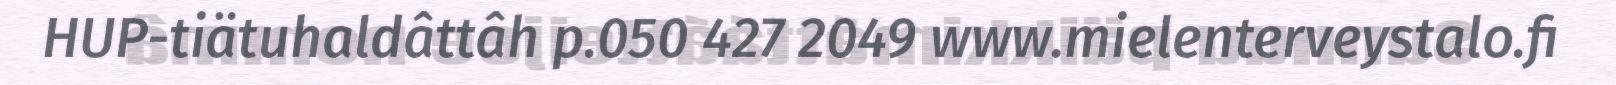
HUP-tiätuhaldâttâh p.050 427 2049 www.mielenterveystalo.fi